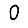
Digit: 0